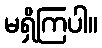
မရှိကြပါ။